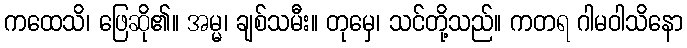
ကထေသိ၊ ဖြေဆို၏။ အမ္မ၊ ချစ်သမီး။ တုမှေ၊ သင်တို့သည်။ ကတရ ဂါမဝါသိနော